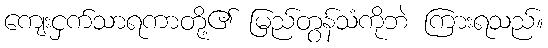
ကျေးငှက်သာရကာတို့၏ မြည်တွန်သံကိုဘဲ ကြားရသည်။